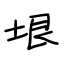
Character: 垠